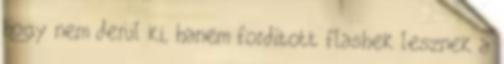
hogy nem derül ki, hanem fordított flashek lesznek a